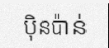
ប៉ិនប៉ាន់